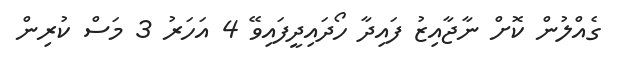
ގެއްލުން ކޮށް ނާޖާއިޒު ފައިދާ ހޯދައިދީފައިވޭ 4 އަހަރު 3 މަސް ކުރިން